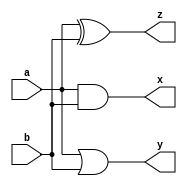
module logic_gate (a, b, x, y, z);

input a, b;

output x, y, z;

wire x, y, z;

// and gate
assign x = a & b;
// or gate
assign y = a | b;
// xor gate
assign z = a ^ b;

endmodule